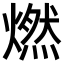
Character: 燃